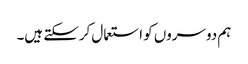
ہم دوسروں کو استعمال کرسکتے ہیں۔